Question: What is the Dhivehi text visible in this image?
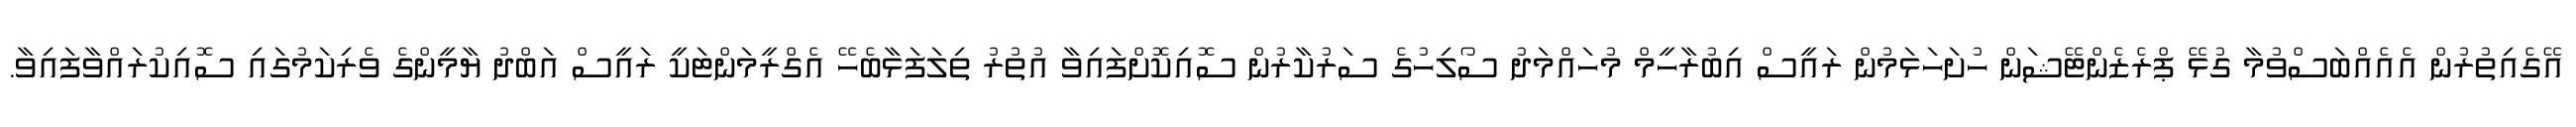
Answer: އޭގެއިތުރުން އެއެއްބަސްވުމާ ގުޅޭ ޕްރެޒެންޓޭޝަން ހުށަހަޅަމުން ރައީސް އިބުރާހީމް މުހައްމަދު ސޯލިހުގެ ސަރުކާރުން ސޮއިކޮށްފައިވާ އުތުރު ތިލަފަޅާބެހޭ އެގްރީމަންޓަކީ ރައީސް އަބްދު ޔާމީންގެ ވެރިކަމުގައި ސޮއިކުރައްވާފައިވާ.